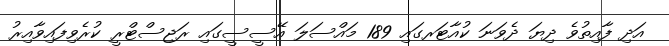
އަދި ފާއިތުވެ ދިޔަ ދެވަނަ ކުއާޓަރގައި 189 މައްސަލަ އޭސީސީގައި ރަޖިސްޓްރީ ކުރެވިފައިވާއިރު